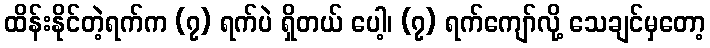
ထိန်းနိုင်တဲ့ရက်က (၇) ရက်ပဲ ရှိတယ် ပေါ့၊ (၇) ရက်ကျော်လို့ သေချင်မှတော့